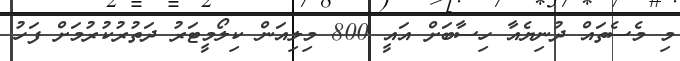
މި މެސެތައް ދުނިޔެއާ ހިސާބަށް އައީ 800 މިލިއަން ކިލޯމީޓަރު ދަތުރުކުރުމަށް ފަހު